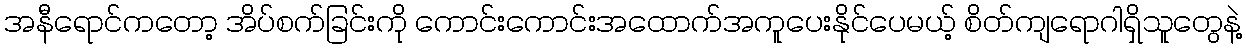
အနီရောင်ကတော့ အိပ်စက်ခြင်းကို ကောင်းကောင်းအထောက်အကူပေးနိုင်ပေမယ့် စိတ်ကျရောဂါရှိသူတွေနဲ့